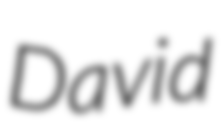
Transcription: David